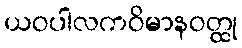
ယဝပါလကဝိမာနဝတ္ထု